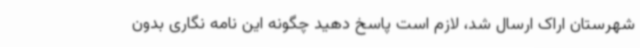
شهرستان اراک ارسال شد، لازم است پاسخ دهید چگونه این نامه نگاری بدون